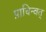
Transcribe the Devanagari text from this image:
प्राचिन्वत्‌